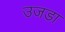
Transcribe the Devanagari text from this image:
उजडा